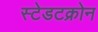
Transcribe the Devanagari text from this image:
स्टेडटक्रोन